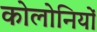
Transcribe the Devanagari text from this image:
कोलोनियों